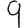
Digit: 9